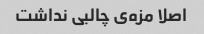
اصلا مزه‌ی چالبی نداشت